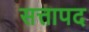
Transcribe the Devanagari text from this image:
सत्तापद